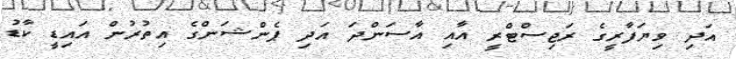
އަދި ވިޔަފާރީގެ ރަޖިސްޓްރީ އާއި އާސަންދަ އަދި ޕެންޝަންގެ އިތުރުން އައިޑީ ކާޑު